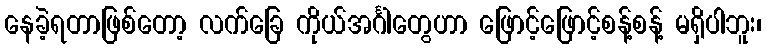
နေခဲ့ရတာဖြစ်တော့ လက်ခြေ ကိုယ်အင်္ဂါတွေဟာ ဖြောင့်ဖြောင့်စန့်စန့် မရှိပါဘူး၊